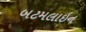
બટમલાઇન